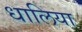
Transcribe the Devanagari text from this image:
धालिया